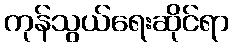
ကုန်သွယ်ရေးဆိုင်ရာ